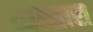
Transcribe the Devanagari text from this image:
व्यासास